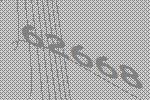
62668